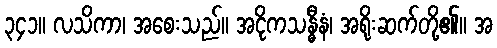
၃၄၁။ လသိကာ၊ အစေးသည်။ အငိုကသန္ဓီနံ၊ အရိုးဆက်တို့၏။ အ